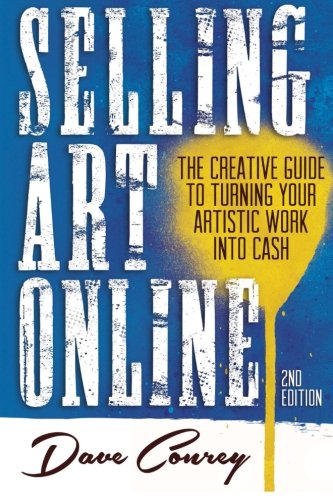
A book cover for Selling Art Online: The Creative Guide to Turning Your Artistic Work into Cash; Dave Conrey; Arts & Photography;